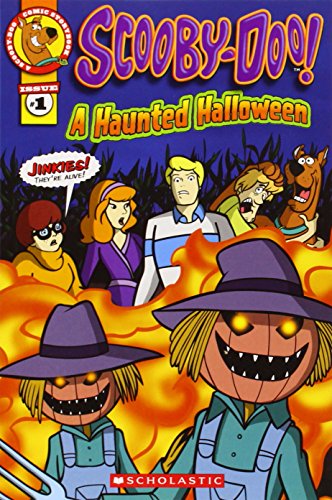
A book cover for Scooby-Doo Comic Storybook #1: A Haunted Halloween; Lee Howard; Children's Books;